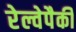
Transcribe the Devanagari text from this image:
रेल्वेपैकी